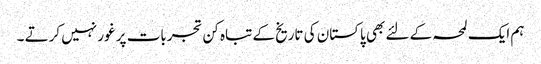
ہم ایک لمحہ کے لئے بھی پاکستان کی تاریخ کے تباہ کن تجربات پر غور نہیں کرتے ۔